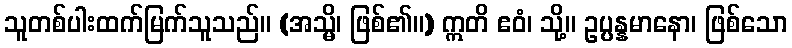
သူတစ်ပါးထက်မြက်သူသည်။ (အသ္မိ၊ ဖြစ်၏။) ဣတိ ဧဝံ၊ သို့။ ဥပ္ပန္နမာနော၊ ဖြစ်သော